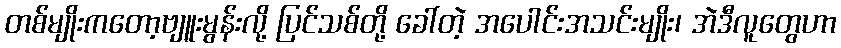
တစ်မျိုးကတော့ဗျူးမွန်းလို့ ပြင်သစ်တို့ ခေါ်တဲ့ အပေါင်းအသင်းမျိုး၊ အဲဒီလူတွေဟာ